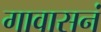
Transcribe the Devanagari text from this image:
गावासनं